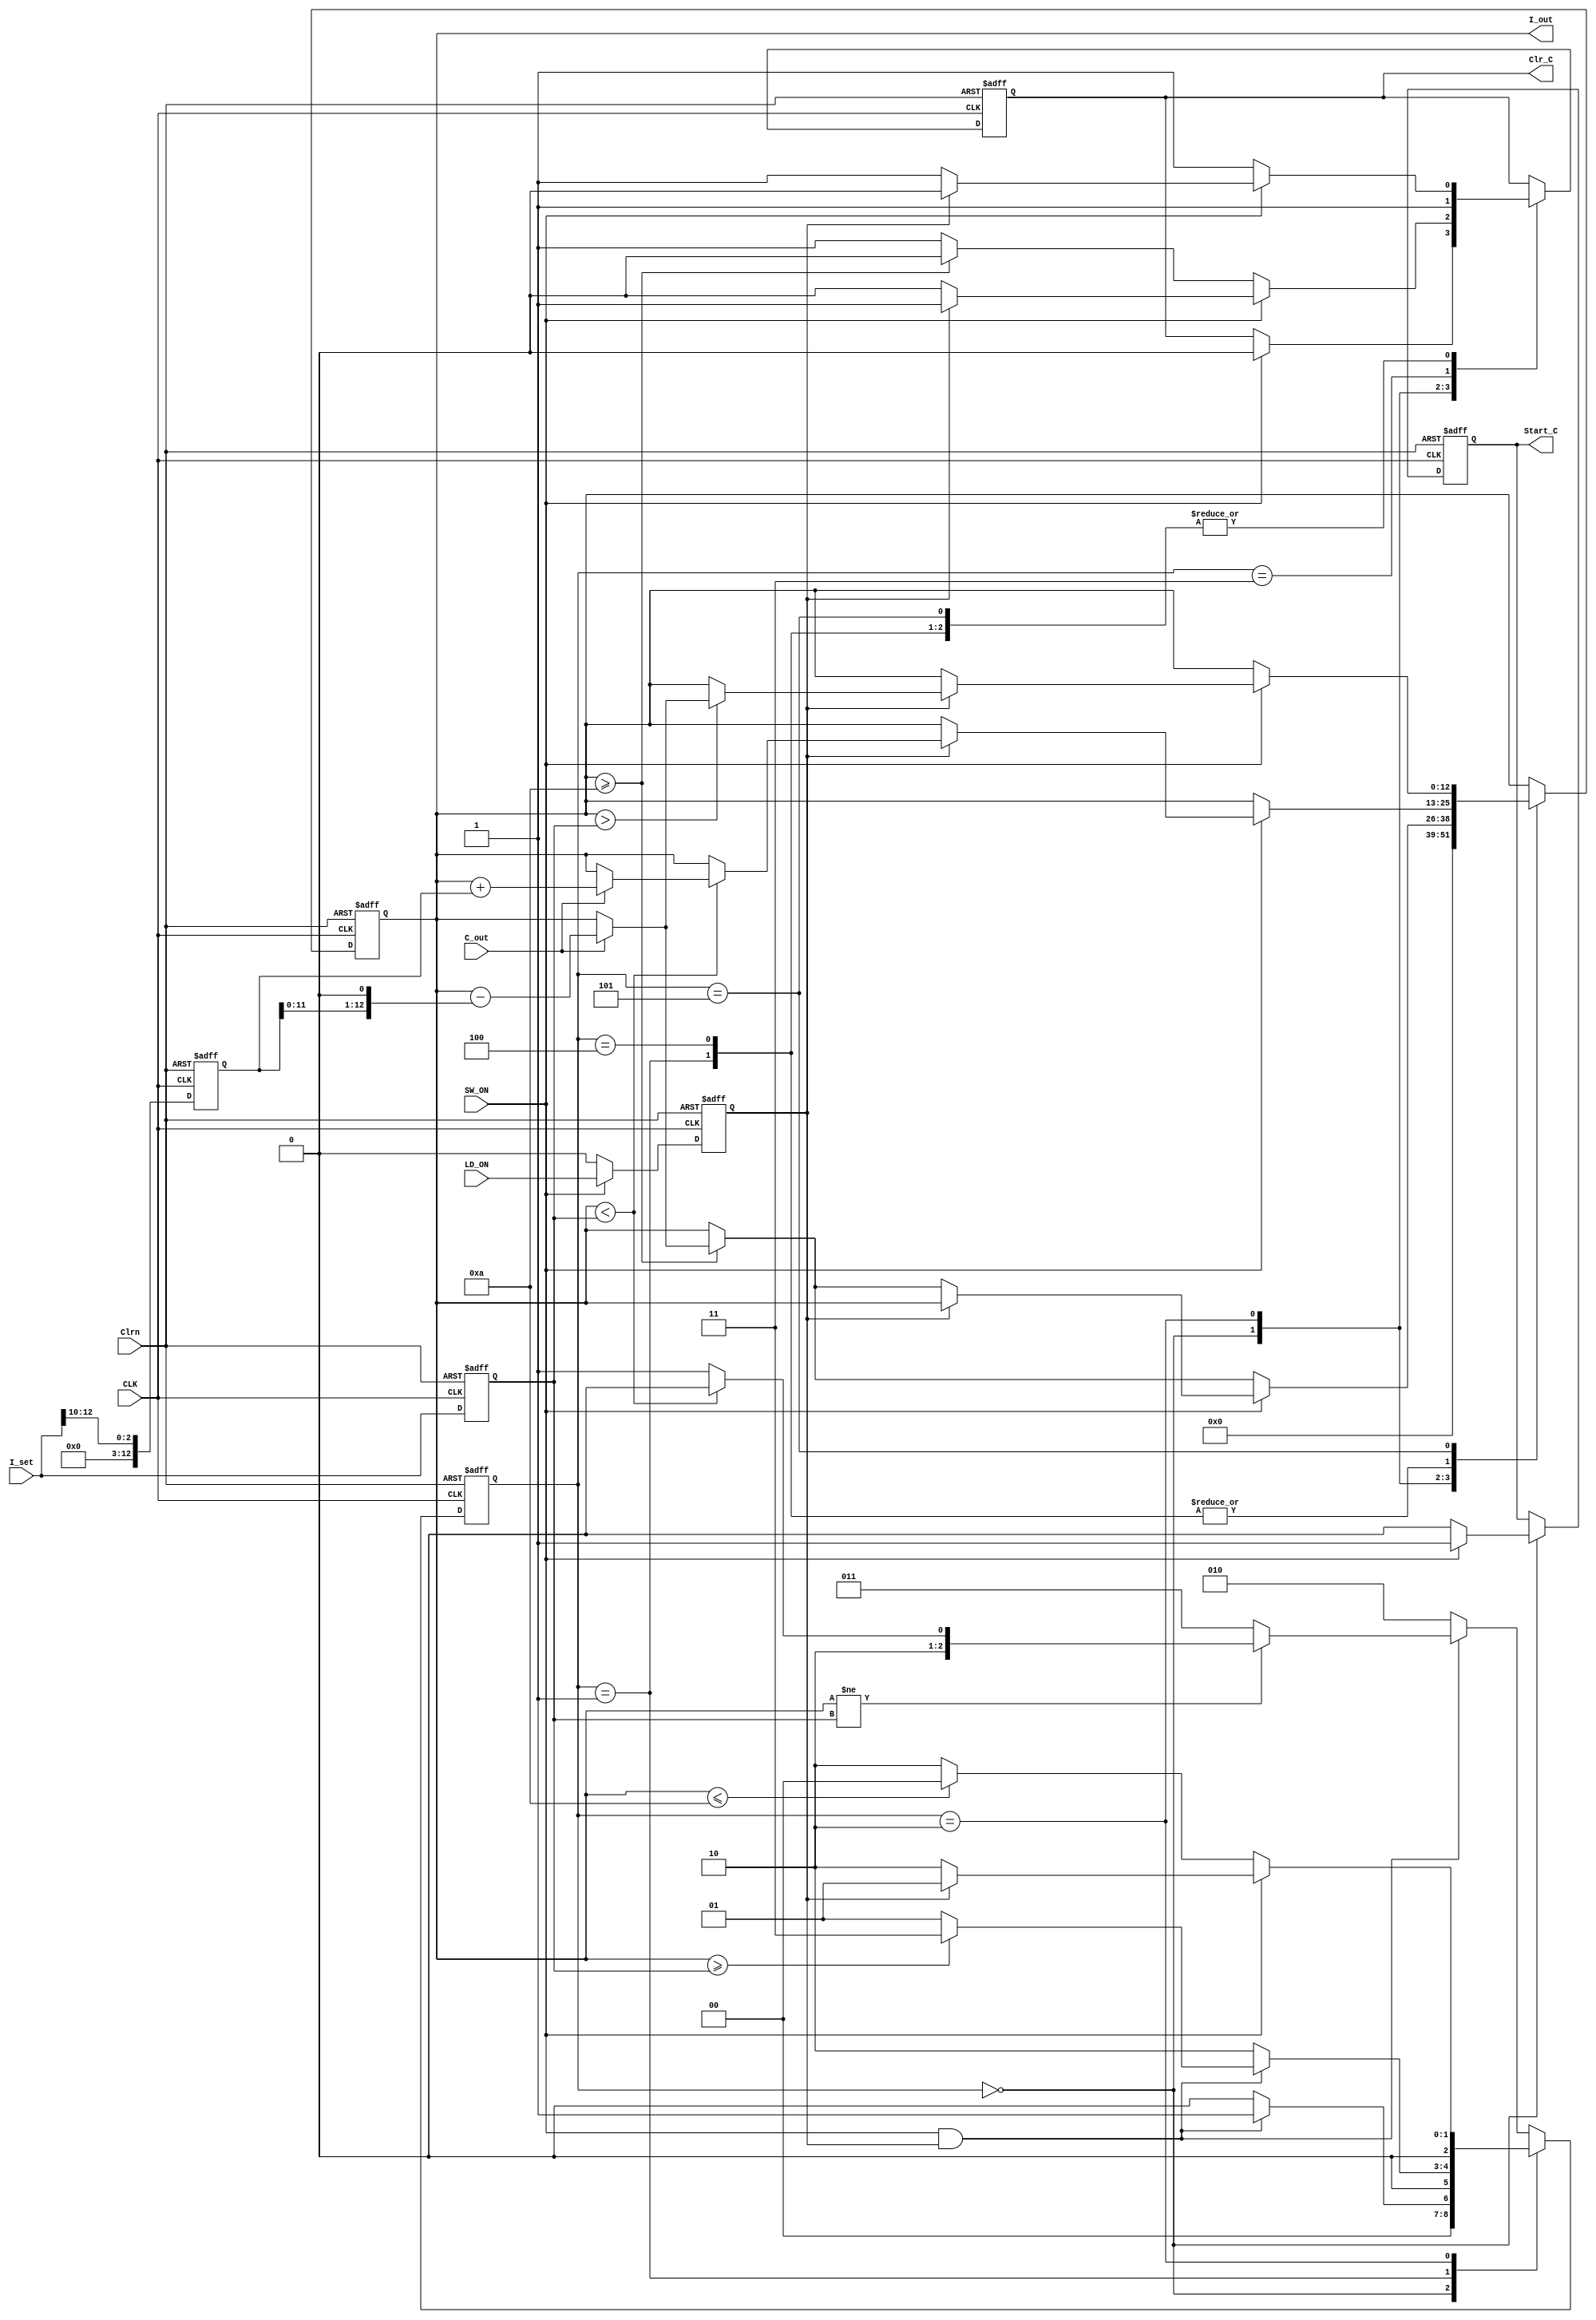
module LD_Driver_ASM_v_jin(
   output reg [12:0] I_out,
   output reg Start_C,
   output reg Clr_C,
   input [12:0] I_set,
   input SW_ON, LD_ON, C_out,
   input CLK, Clrn
);
   reg LD_ON_reg; // store LD_ON
   reg [12:0] I_set_reg; //store i_set value
   reg [12:0] I_incr; // setting incremental 
   reg [2:0] pstate, nstate;

   //Encode the states
   parameter S0=3'b000, S1=3'b001, S2=3'b010, S3=3'b011, S4=3'b100, S5=3'b101;

   //state transition
   always @(posedge CLK, negedge Clrn) begin
	  if(~Clrn) begin
		 pstate <= S0;
		 I_out <= 13'b0;
		 Start_C <= 1'b0;
		 Clr_C <= 1'b0;
		 LD_ON_reg <= 1'b0;
		 I_set_reg <= 13'b0;
		 I_incr <= 13'b0;
	  end
	  else begin
		 pstate <= nstate; //clocked operation
		 // if SW_ON == 0, set LD_ON_reg 1'b0
		 if(SW_ON) LD_ON_reg <= LD_ON;
		 else LD_ON_reg <= 1'b0;
		 // store i_set
		 I_set_reg <= I_set;
		 // make incr
		 I_incr <= (I_set >> 10); // divide by 1024(approx 1000)
		 
		 //Register Transter operation
		 case(pstate)
			S0:
			begin
			   I_out <= 13'b0;
			   if(SW_ON) begin
				  Start_C <= 1'b1;
				  Clr_C <= 1'b0;
			   end 
			   else Start_C <= 1'b0;
			
			end
			S1:
			begin
			   if(SW_ON) begin
				  if(LD_ON_reg) begin
					 Clr_C <= 1'b0;
					 if(I_out < I_set_reg) begin
						if(C_out == 1'b1) begin
						   I_out <= I_out+I_incr;
						end
					 end
				  end 
				  else Clr_C <= 1'b1;
			   end 
			   else Clr_C <= 1'b1;
			end

			S2:
			begin
			   if(SW_ON) begin
				  if(!LD_ON_reg) begin
					 Clr_C <= 1'b0;
					 if(I_out >= 4'b1010) begin
						if(C_out == 1'b1) begin 
						   //multiple by 2 
						   I_out <= I_out-(I_incr << 1); 
						end
					 end 
				  end
				  else Clr_C <= 1'b1;
			   end
			   else begin
				  if(I_out >= 4'b1010) begin
					 Clr_C <= 1'b0;
					 if(C_out == 1'b1) begin
						I_out <= I_out-(I_incr << 1);
					 end
				  end 
				  else Clr_C <= 1'b1;
			   end
			end
			S3:
			begin 
			   Clr_C <= 1'b1;
			end

			S4:
			begin
			   if(SW_ON) begin
				  if(LD_ON_reg) begin
					 Clr_C <= 1'b0;
					 if(I_out < I_set_reg) begin
						if(C_out == 1'b1) begin
						   I_out <= I_out+I_incr;
						end
					 end
				  end 
				  else Clr_C <= 1'b1;
			   end 
			   else Clr_C <= 1'b1;
			end

			S5:
			begin
			   if(SW_ON) begin
				  if(LD_ON_reg) begin
					 Clr_C <= 1'b0;
					 if(I_out > I_set_reg) begin
						if(C_out == 1'b1) begin
						   I_out <= I_out-(I_incr<<1);
						end
					 end
				  end 
				  else Clr_C <= 1'b1;
			   end 
			   else Clr_C <= 1'b1;
			end

		 endcase
	  end
   end

   always @(SW_ON, LD_ON_reg, pstate, I_out, I_set_reg) begin
	  case(pstate)
		 S0: 
		 begin 
			if(SW_ON & LD_ON_reg) nstate <= S1;
			else nstate <= S0;
		 end

		 S1:
		 begin
			if(SW_ON & LD_ON_reg) begin
				  if(I_out >= I_set_reg) nstate <= S3;
				  else nstate <= S1;
			end
			else nstate <= S2;
		 end

		 S2:
		 begin
			if(SW_ON) begin

	  		   if(LD_ON_reg) nstate <= S1;
			   else nstate <= S2;
			end
			else
			   if(I_out <= 4'b1010) nstate <= S0;
			   else nstate <= S2;
		 end
		
		 default: 
		 begin 
			if(SW_ON & LD_ON_reg) begin
			   if (I_out != I_set_reg) begin
				  if(I_out < I_set_reg) nstate <= S4; //i_set incr 
				  else nstate <= S5;
			   end
			   else nstate <= S3;
			end
			else nstate <= S2;
		 end
	  endcase
   end
endmodule